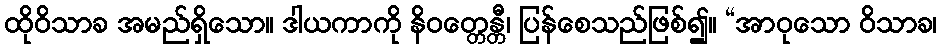
ထိုဝိသာခ အမည်ရှိသော။ ဒါယကာကို နိဝတ္တေန္တီ၊ ပြန်စေသည်ဖြစ်၍။ “အာဝုသော ဝိသာခ၊